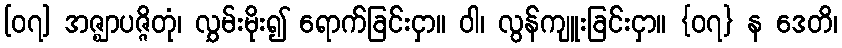
[၀၇] အဇ္ဈာပဇ္ဇိတုံ၊ လွှမ်းမိုး၍ ရောက်ခြင်းငှာ။ ဝါ၊ လွန်ကျူးခြင်းငှာ။ {၀၇} န ဒေတိ၊